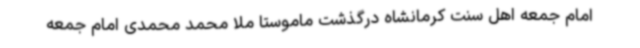
امام جمعه اهل سنت کرمانشاه درگذشت ماموستا ملا محمد محمدی امام جمعه